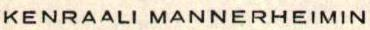
KENRAALI MANNERHEIMIN